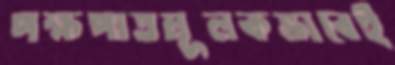
পক্ষপাতমূলকভাবেই